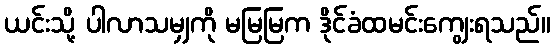
ယင်းသို့ ပါလာသမျှကို မမြမြက ဒိုင်ခံထမင်းကျွေးရသည်။